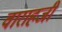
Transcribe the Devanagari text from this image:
वाराहजी